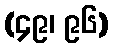
(၄၉၊ ၉၆)